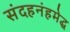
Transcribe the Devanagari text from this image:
संदहनंहमेद्ध